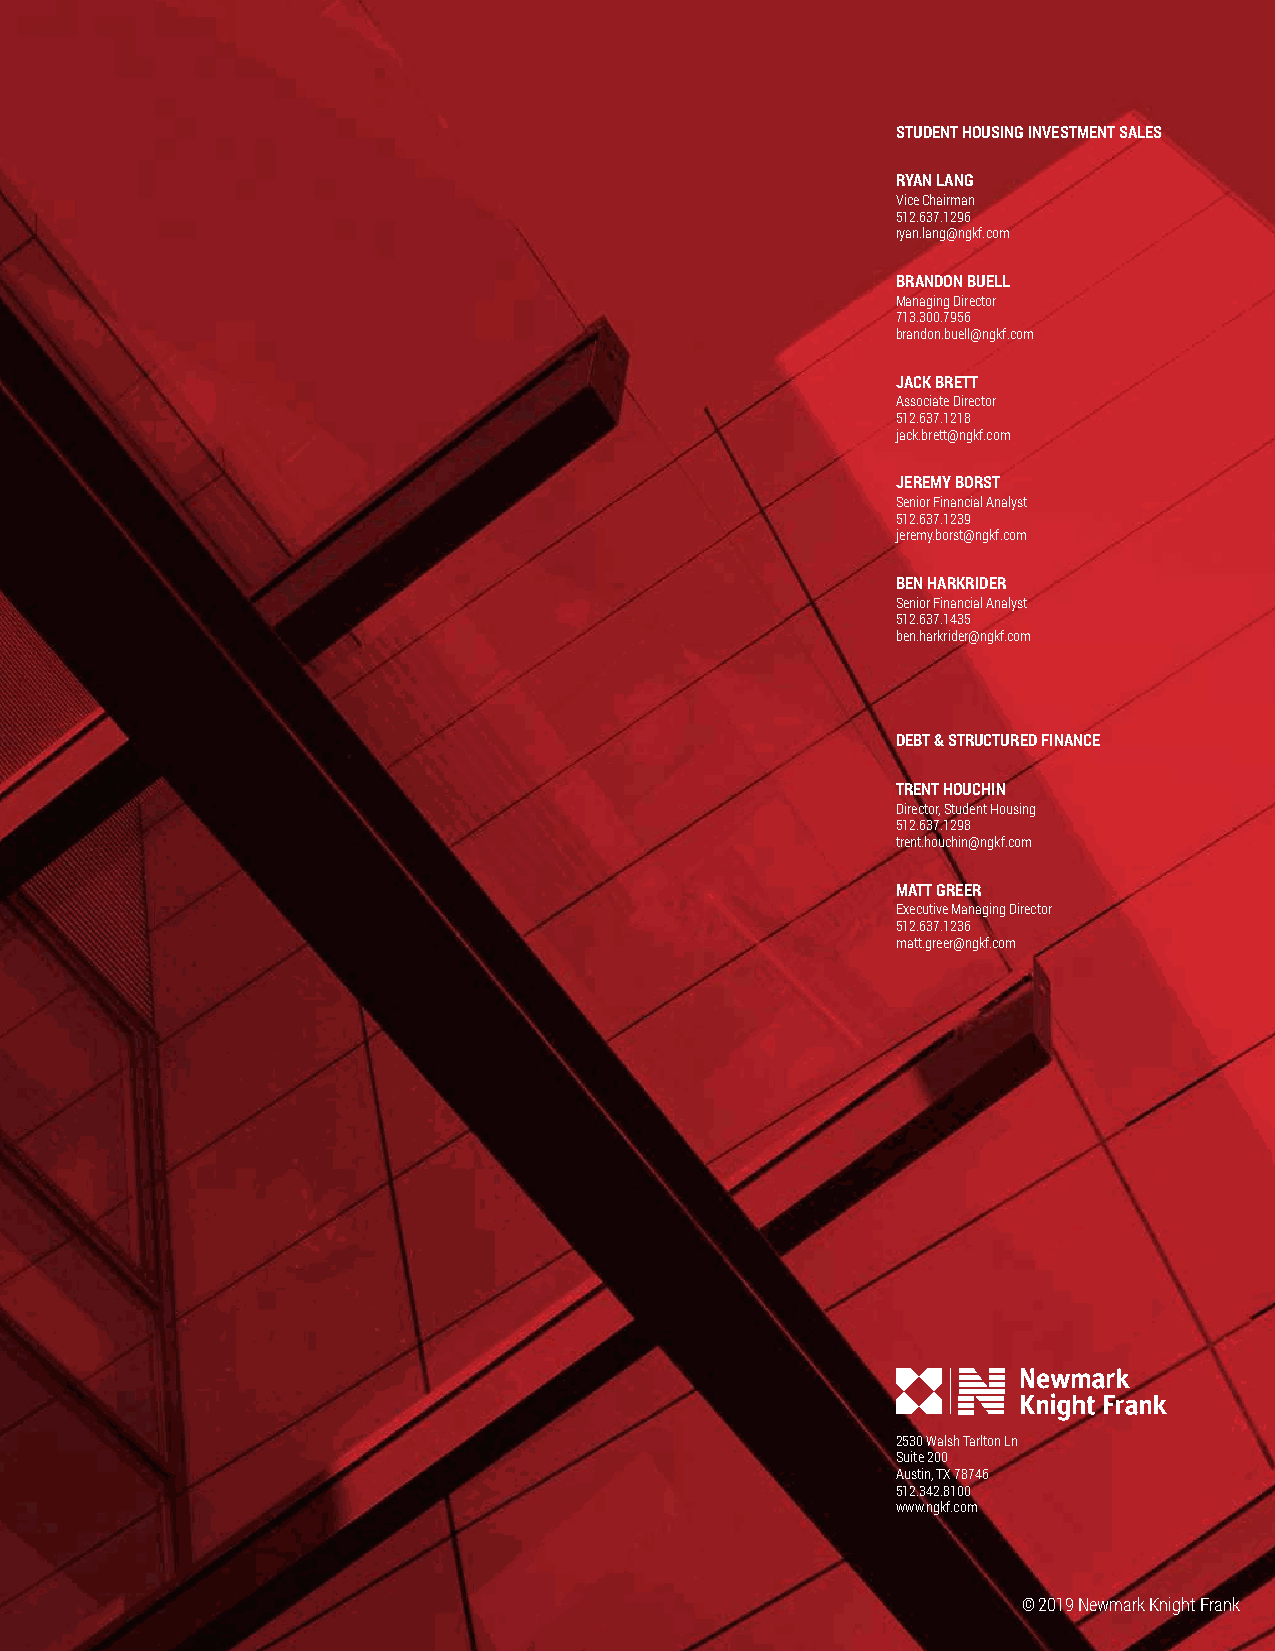
STUDENT HOUSING INVESTMENT SALES
 RYAN LANG
 Vice Chairman
 512.637.1296
 ryan.lang@ngkf.com
 BRANDON BUELL
 Managing Director
 713.300.7956
 brandon.buell@ngkf.com
 JACK BRETT
 Associate Director
 512.637.1218
 jack.brett@ngkf.com
 JEREMY BORST
 Senior Financial Analyst
 512.637.1239
 jeremy.borst@ngkf.com
 BEN HARKRIDER
 Senior Financial Analyst
 512.637.1435
 ben.harkrider@ngkf.com
 DEBT & STRUCTURED FINANCE
 TRENT HOUCHIN
 Director, Student Housing
 512.637.1298
 trent.houchin@ngkf.com
 MATT GREER
 Executive Managing Director
 512.637.1236
 matt.greer@ngkf.com
 2530 Walsh Tarlton Ln
 Suite 200
 Austin, TX 78746
 512.342.8100
 www.ngkf.com
 © 2019 Newmark Knight Frank